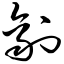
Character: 剂